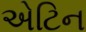
એટિન